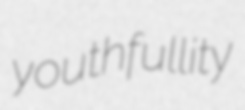
youthfullity